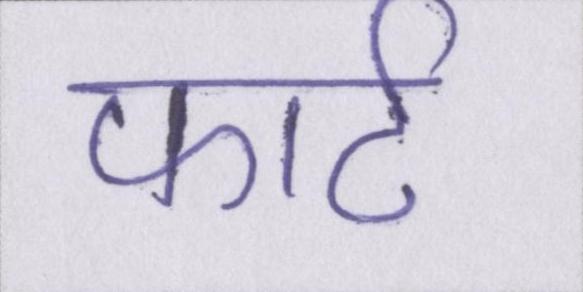
फोर्ट